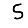
Digit: 5